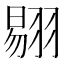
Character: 𰭤